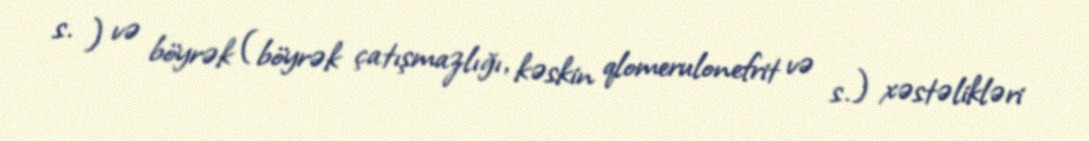
s. ) və böyrək (böyrək çatışmazlığı, kəskin qlomerulonefrit və s.) xəstəlikləri